Rangoon Lunatic Asylum 1878-1892 - 1878-1892
Year: 1878
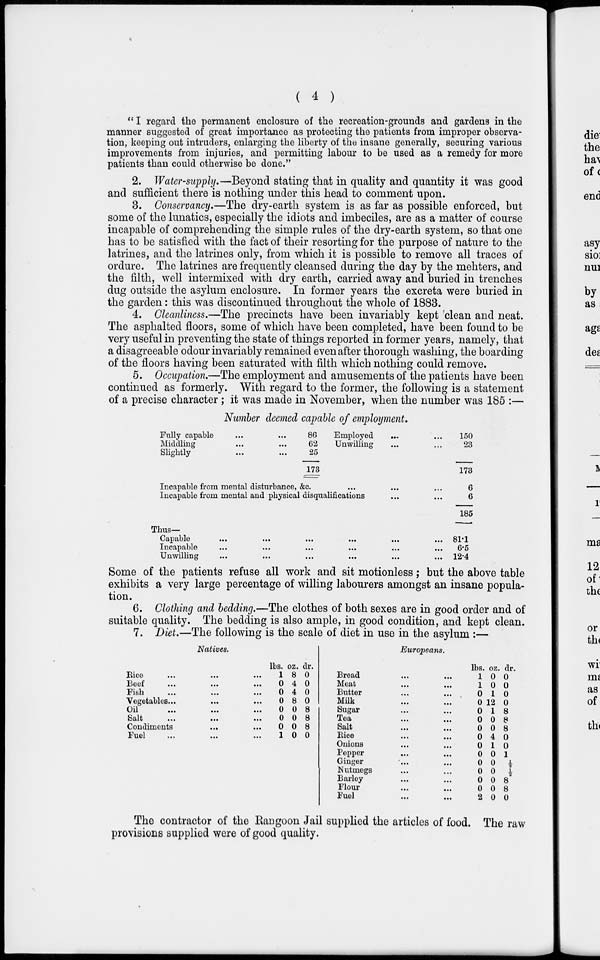
( 4 )
" I regard the permanent enclosure of the recreation-grounds and gardens in the
manner suggested of great importance as protecting the patients from improper observa-
tion, keeping out intruders, enlarging the liberty of the insane generally, securing various
improvements from injuries, and permitting labour to be used as a remedy for more
patients than could otherwise be done."
2. Water-supply.—Beyond stating that in quality and quantity it was good
and sufficient there is nothing under this head to comment upon.
3. Conservancy.—The dry-earth system is as far as possible enforced, but
some of the lunatics, especially the idiots and imbeciles, are as a matter of course
incapable of comprehending the simple rules of the dry-earth system, so that one
has to be satisfied with the fact of their resorting for the purpose of nature to the
latrines, and the latrines only, from which it is possible to remove all traces of
ordure. The latrines are frequently cleansed during the day by the mehters, and
the filth, well intermixed with dry earth, carried away and buried in trenches
dug outside the asylum enclosure. In former years the excreta were buried in
the garden: this was discontinued throughout the whole of 1883.
4. Cleanliness.—The precincts have been invariably kept 'clean and neat.
The asphalted floors, some of which have been completed, have been found to be
very useful in preventing the state of things reported in former years, namely, that
a disagreeable odour invariably remained even after thorough washing, the boarding
of the floors having been saturated with filth which nothing could remove.
5. Occupation.—The employment and amusements of the patients have been
continued as formerly. With regard to the former, the following is a statement
of a precise character; it was made in November, when the number was 185 :—
Number deemed capable of employment.
Fully capable
...
...
Middling
...
...
Slightly
...
...
86
62
25
173
Employed
...
...
Unwilling ... ...
Incapable from mental disturbance, &c. ... ... ...
Incapable from mental and physical disqualifications ... ...
Thus—
Capable
...
...
...
...
...
...
Incapable ... ... ... ... ... ...
Unwilling ... ... ... ... ... ...
150
23
173
6
6
185
81.1
6.5
12.4
Some of the patients refuse all work and sit motionless; but the above table
exhibits a very large percentage of willing labourers amongst an insane popula-
tion.
6. Clothing and bedding.—The clothes of both sexes are in good order and of
suitable quality. The bedding is also ample, in good condition, and kept clean.
7. Diet.—The following is the scale of diet in use in the asylum :—
Natives.
Rice ... ... ...
Beef
...
...
...
Fish ... ... ...
Vegetables... ... ...
Oil
...
...
...
Salt
...
...
...
Condiments ... ...
Fuel ... ... ...
lbs.
1
0
0
0
0
0
0
1
oz.
8
4
4
8
0
0
0
0
dr.
0
0
0
0
8
8
8
0
Europeans.
Bread ... ...
Meat ... ...
Butter ... ...
Milk ... ...
Sugar ... ...
Tea ... ...
Salt ... ...
Rice ... ...
Onions ... ...
Pepper ... ...
Ginger ... ...
Nutmegs ... ...
Barley ... ...
Flour ... ...
Fuel ... ...
lbs.
1
1
0
0
0
0
0
0
0
0
0
0
0
0
2
oz.
0
0
1
12
1
0
0
4
1
0
0
0
0
0
0
dr.
0
0
0
0
8
8
8
0
0
1
½
½
8
8
0
The contractor of the Rangoon Jail supplied the articles of food. The raw
provisions supplied were of good quality.